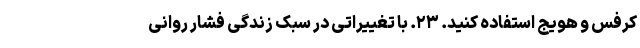
کرفس و هویج استفاده کنید. ۲۳. با تغییراتی در سبک زندگی فشار روانی